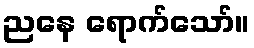
ညနေ ရောက်သော်။